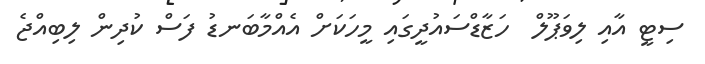
ސިޓީ އާއި ލިވަޕޫލް  ހަޒާޑްސައުދީގައި މީހަކަށް އެއްމާބަނޑު ފަސް ކުދިން ލިބިއްޖެ